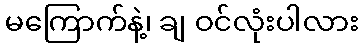
မကြောက်နဲ့၊ ချ ဝင်လုံးပါလား